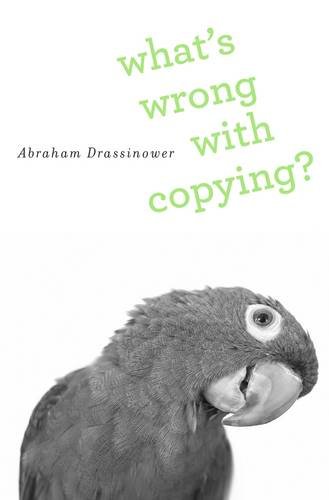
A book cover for What's Wrong with Copying?; Abraham Drassinower; Law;